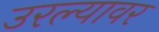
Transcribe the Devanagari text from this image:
उरल्यावर